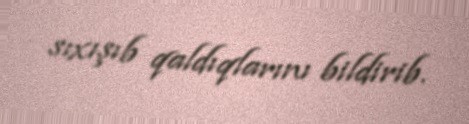
sıxışıb qaldıqlarını bildirib.